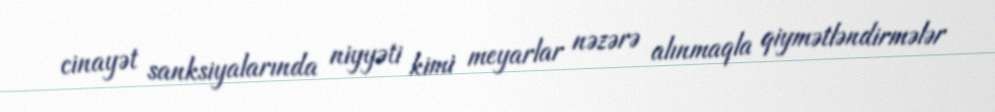
cinayət sanksiyalarında niyyəti kimi meyarlar nəzərə alınmaqla qiymətləndirmələr